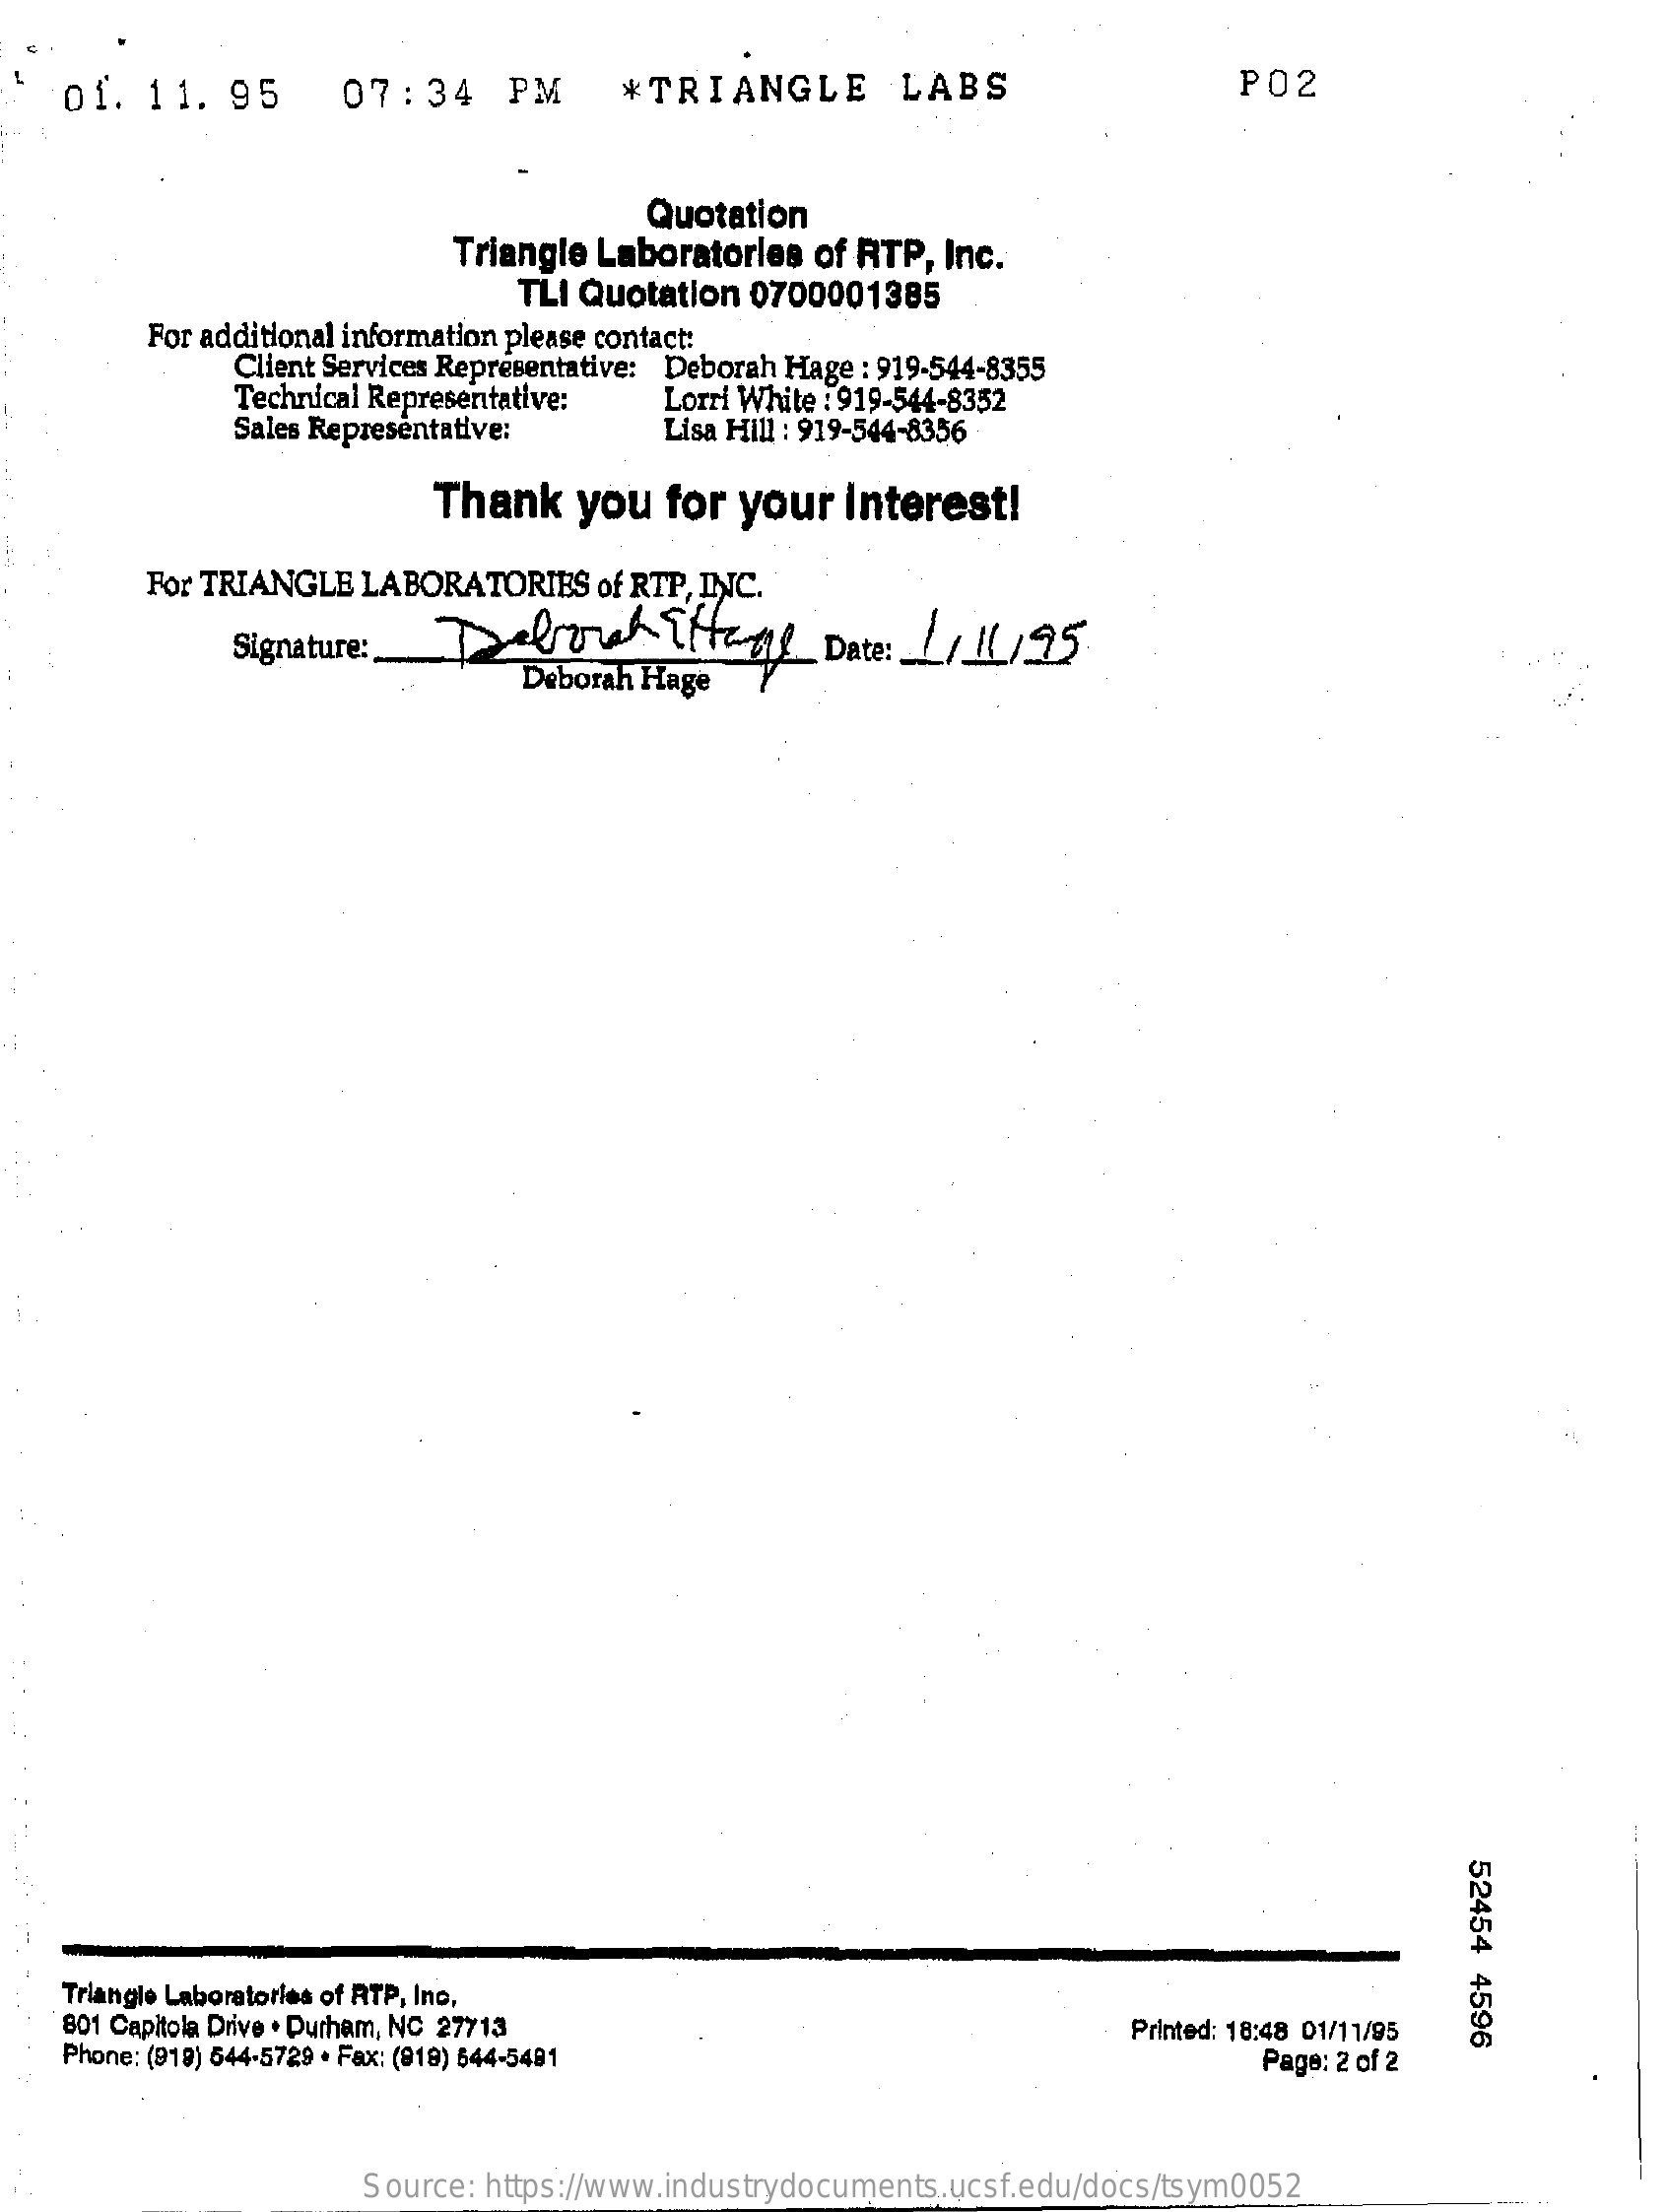
01.  11.  95    07:34    PM    *TRIANGLE    LABS    PO2
     Quotation
     Triangle Laboratories of RTP, Inc.
     TLI Quotation 0700001385
     For additional information please contact:
     Client Services Representative: Deborah Hage : 919-544-8355
     Technical Representative:
     Sales Representative:
     Lorri White : 919-544-8352
     Lisa Hill : 919-544-8356
     Thank    you   for your   interest!
     For TRIANGLE LABORATORIES   of RTP, INC.
     Signature:   Deroch    THtage    Date: 11.11,95
     Deborah Hage
     52454
     4596 Triangle Laboratories of RTP, Ino,
    801 Capitola Drive . Durham, NC 27713
    Phone: (919) 544-5729 · Fax: (918) 544-5491
     Printed: 18:48 01/11/95
     Page: 2 of 2
     Source: https://www.industrydocuments.ucsf.edu/docs/tsym0052